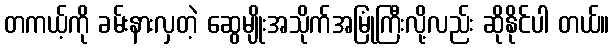
တကယ့်ကို ခမ်းနားလှတဲ့ ဆွေမျိုးအသိုက်အမြုံကြီးလို့လည်း ဆိုနိုင်ပါ တယ်။